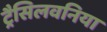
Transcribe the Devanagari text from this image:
ट्रैसिलवनिया